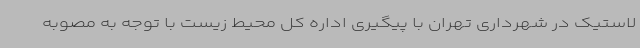
لاستیک در شهرداری تهران با پیگیری اداره کل محیط زیست با توجه به مصوبه